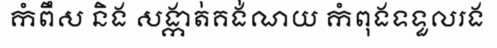
កំពឹស និង សង្កាត់គង់ណយ កំពុងទទួលរង